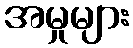
အမှုများ